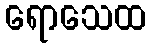
ရောသေထ